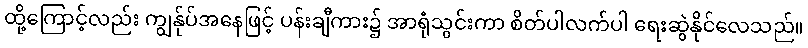
ထို့ကြောင့်လည်း ကျွန်ုပ်အနေဖြင့် ပန်းချီကား၌ အာရုံသွင်းကာ စိတ်ပါလက်ပါ ရေးဆွဲနိုင်လေသည်။